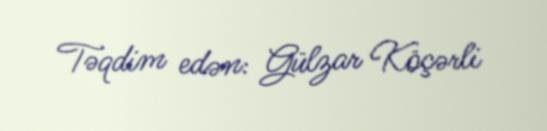
Təqdim edən: Gülzar Köçərli